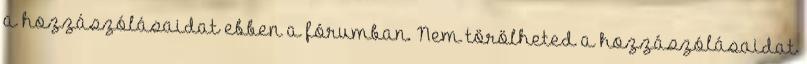
a hozzászólásaidat ebben a fórumban. Nem törölheted a hozzászólásaidat